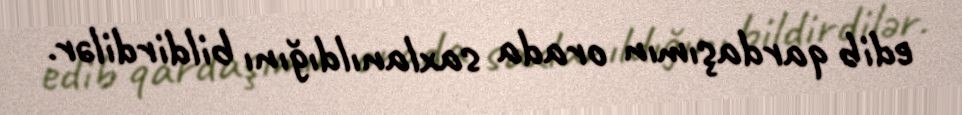
edib qardaşımın orada saxlanıldığını bildirdilər.